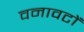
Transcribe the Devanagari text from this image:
वनावटों